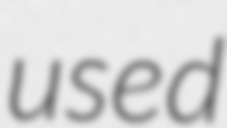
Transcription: used